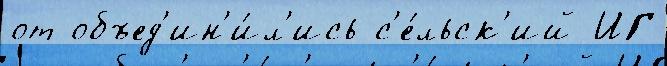
от объед'ин'и́л'ись с'е́льск'ий ИГ